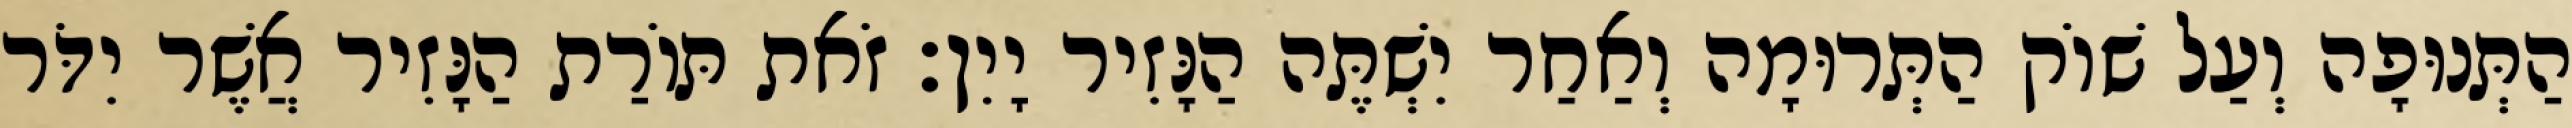
הַתְּנוּפָה וְעַל שׁוֹק הַתְּרוּמָה וְאַחַר יִשְׁתֶּה הַנָּזִיר יָיִן׃ זֹאת תּוֹרַת הַנָּזִיר אֲשֶׁר יִדֹּר